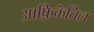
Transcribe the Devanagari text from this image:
आफ़्रिकॆतिल